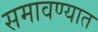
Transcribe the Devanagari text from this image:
समावण्यात